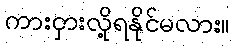
ကားငှားလို့ရနိုင်မလား။